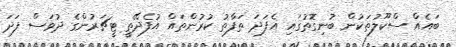
ބައެއް ސްކޫލުތަކުން ބުނިގޮތުގައި އެފަދަ ތަފާތު ކުރުންތައް އުފެދޭތީ ޓީޗަރުންގެ ދުވަސް ފަދަ